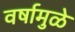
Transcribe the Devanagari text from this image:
वर्षामुळे